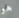
هو